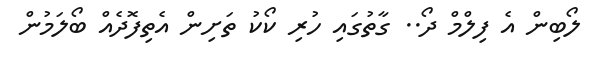
ލޯބިން އެ ފިލްމް ދޯ.. ގާތުގައި ހުރި ކޯކު ތަށިން އެތިފޮދެއް ބޯލަމުން